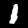
Digit: 1